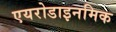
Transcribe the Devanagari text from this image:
एयरोडाइनमिक